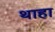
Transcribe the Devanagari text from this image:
थाहा